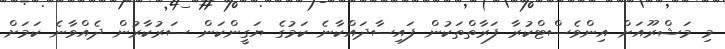
މި މަޝްރޫއަށް އިންވެސްޓްކުރާ ފަރާތްތަކުން ފައިސާދައްކާނެ ކަމުގެ ޔަގީންކަން ސަރުކާރުން ދެއްވާނެ ކަަމަށް